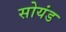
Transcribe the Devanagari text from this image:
सोयंड